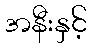
အနီးနှင့်